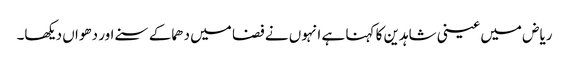
ریاض میں عینی شاہدین کا کہنا ہے انہوں نے فضا میں دھماکے سنے اور دھواں دیکھا۔